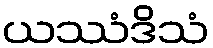
ယဿံဒိသံ